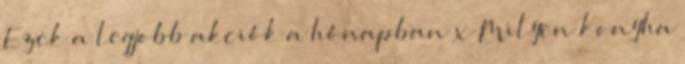
Ezek a legjobb akciók a hónapban x Milyen konyha